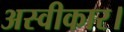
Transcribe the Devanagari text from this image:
अस्वीकार।